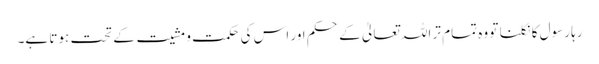
رہا رسول کا نکلنا تو وہ تمام تر اللہ تعالیٰ کے حکم اور اس کی حکمت و مشیت کے تحت ہوتا ہے۔